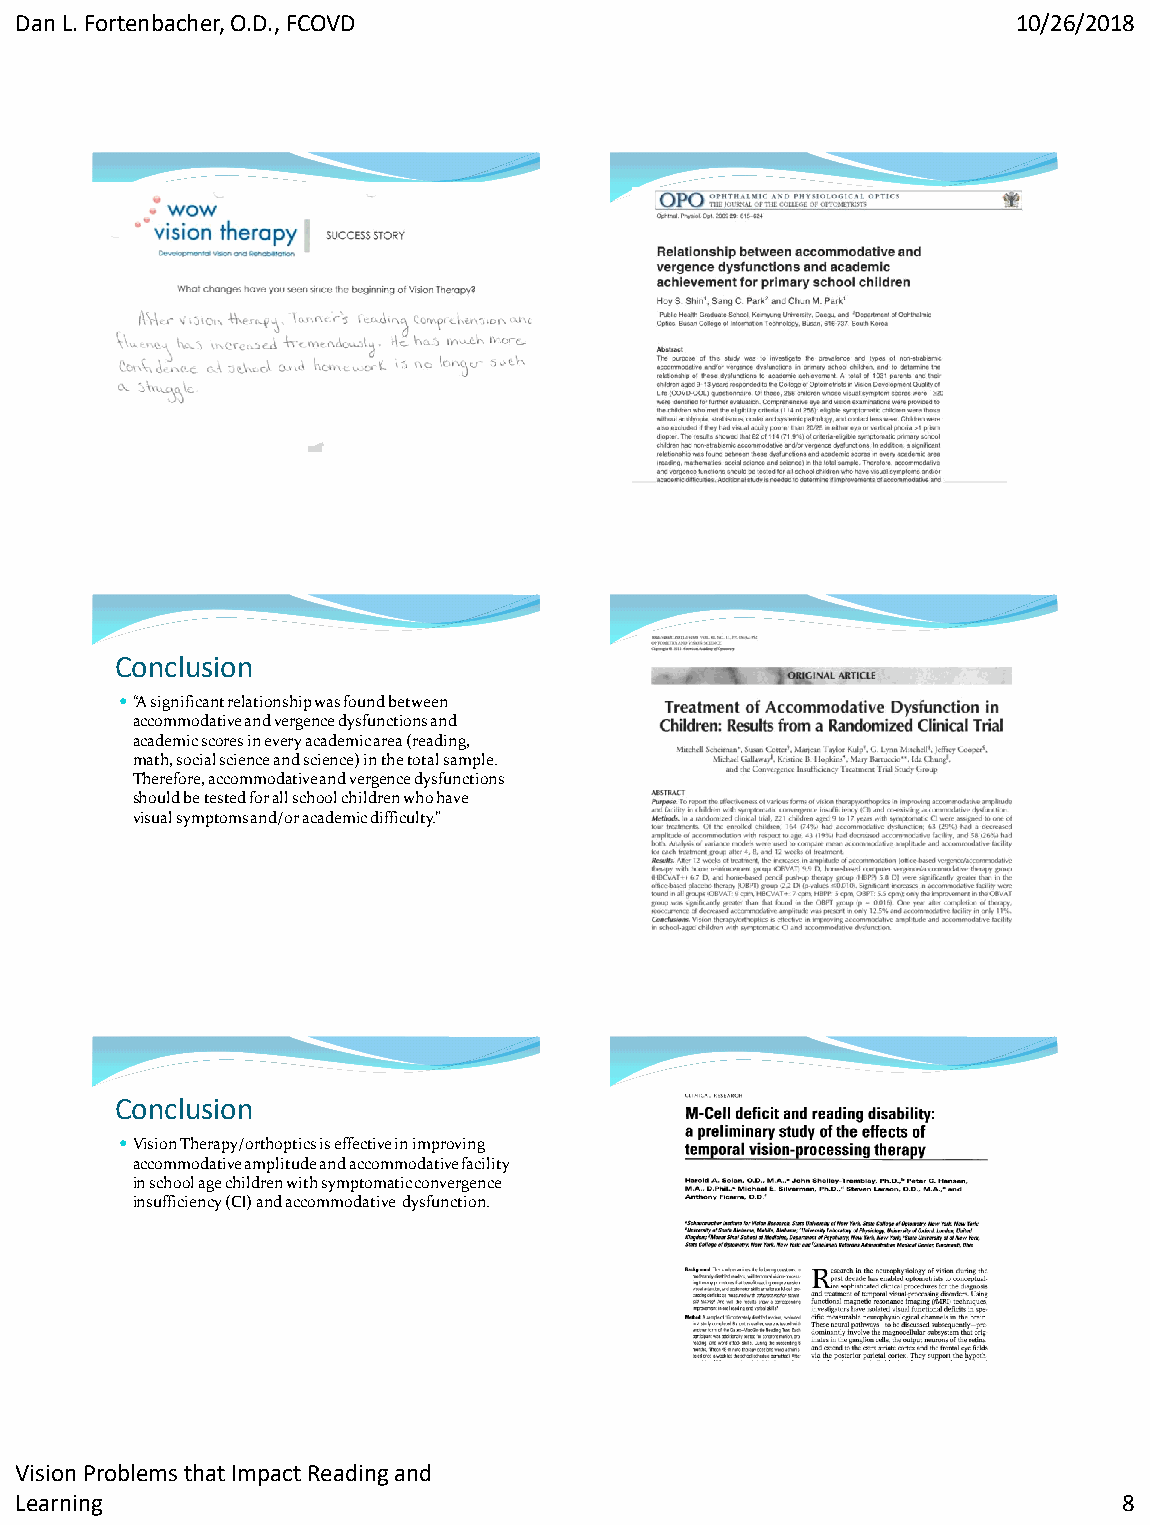
Dan L. Fortenbacher, O.D., FCOVD                                  10/26/2018
 Conclusion
 “A significant relationship was found between
 accommodative and vergence dysfunctions and
 academic scores in every academic area (reading,
 math, social science and science) in the total sample.
 Therefore, accommodative and vergence dysfunctions
 should be tested for all school children who have
 visual symptoms and/or academic difficulty.”
 Conclusion
 Vision Therapy/orthoptics is effective in improving
 accommodative amplitude and accommodative facility
 in school age children with symptomatic convergence
 insufficiency (CI) and accommodative dysfunction.
 Vision Problems that Impact Reading and
 Learning                                                                 8